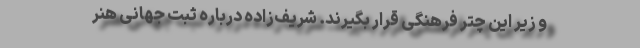
و زیر این چتر فرهنگی قرار بگیرند. شریف‌زاده درباره ثبت جهانی هنر